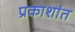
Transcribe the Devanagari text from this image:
प्रकाशांत